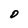
Character: D